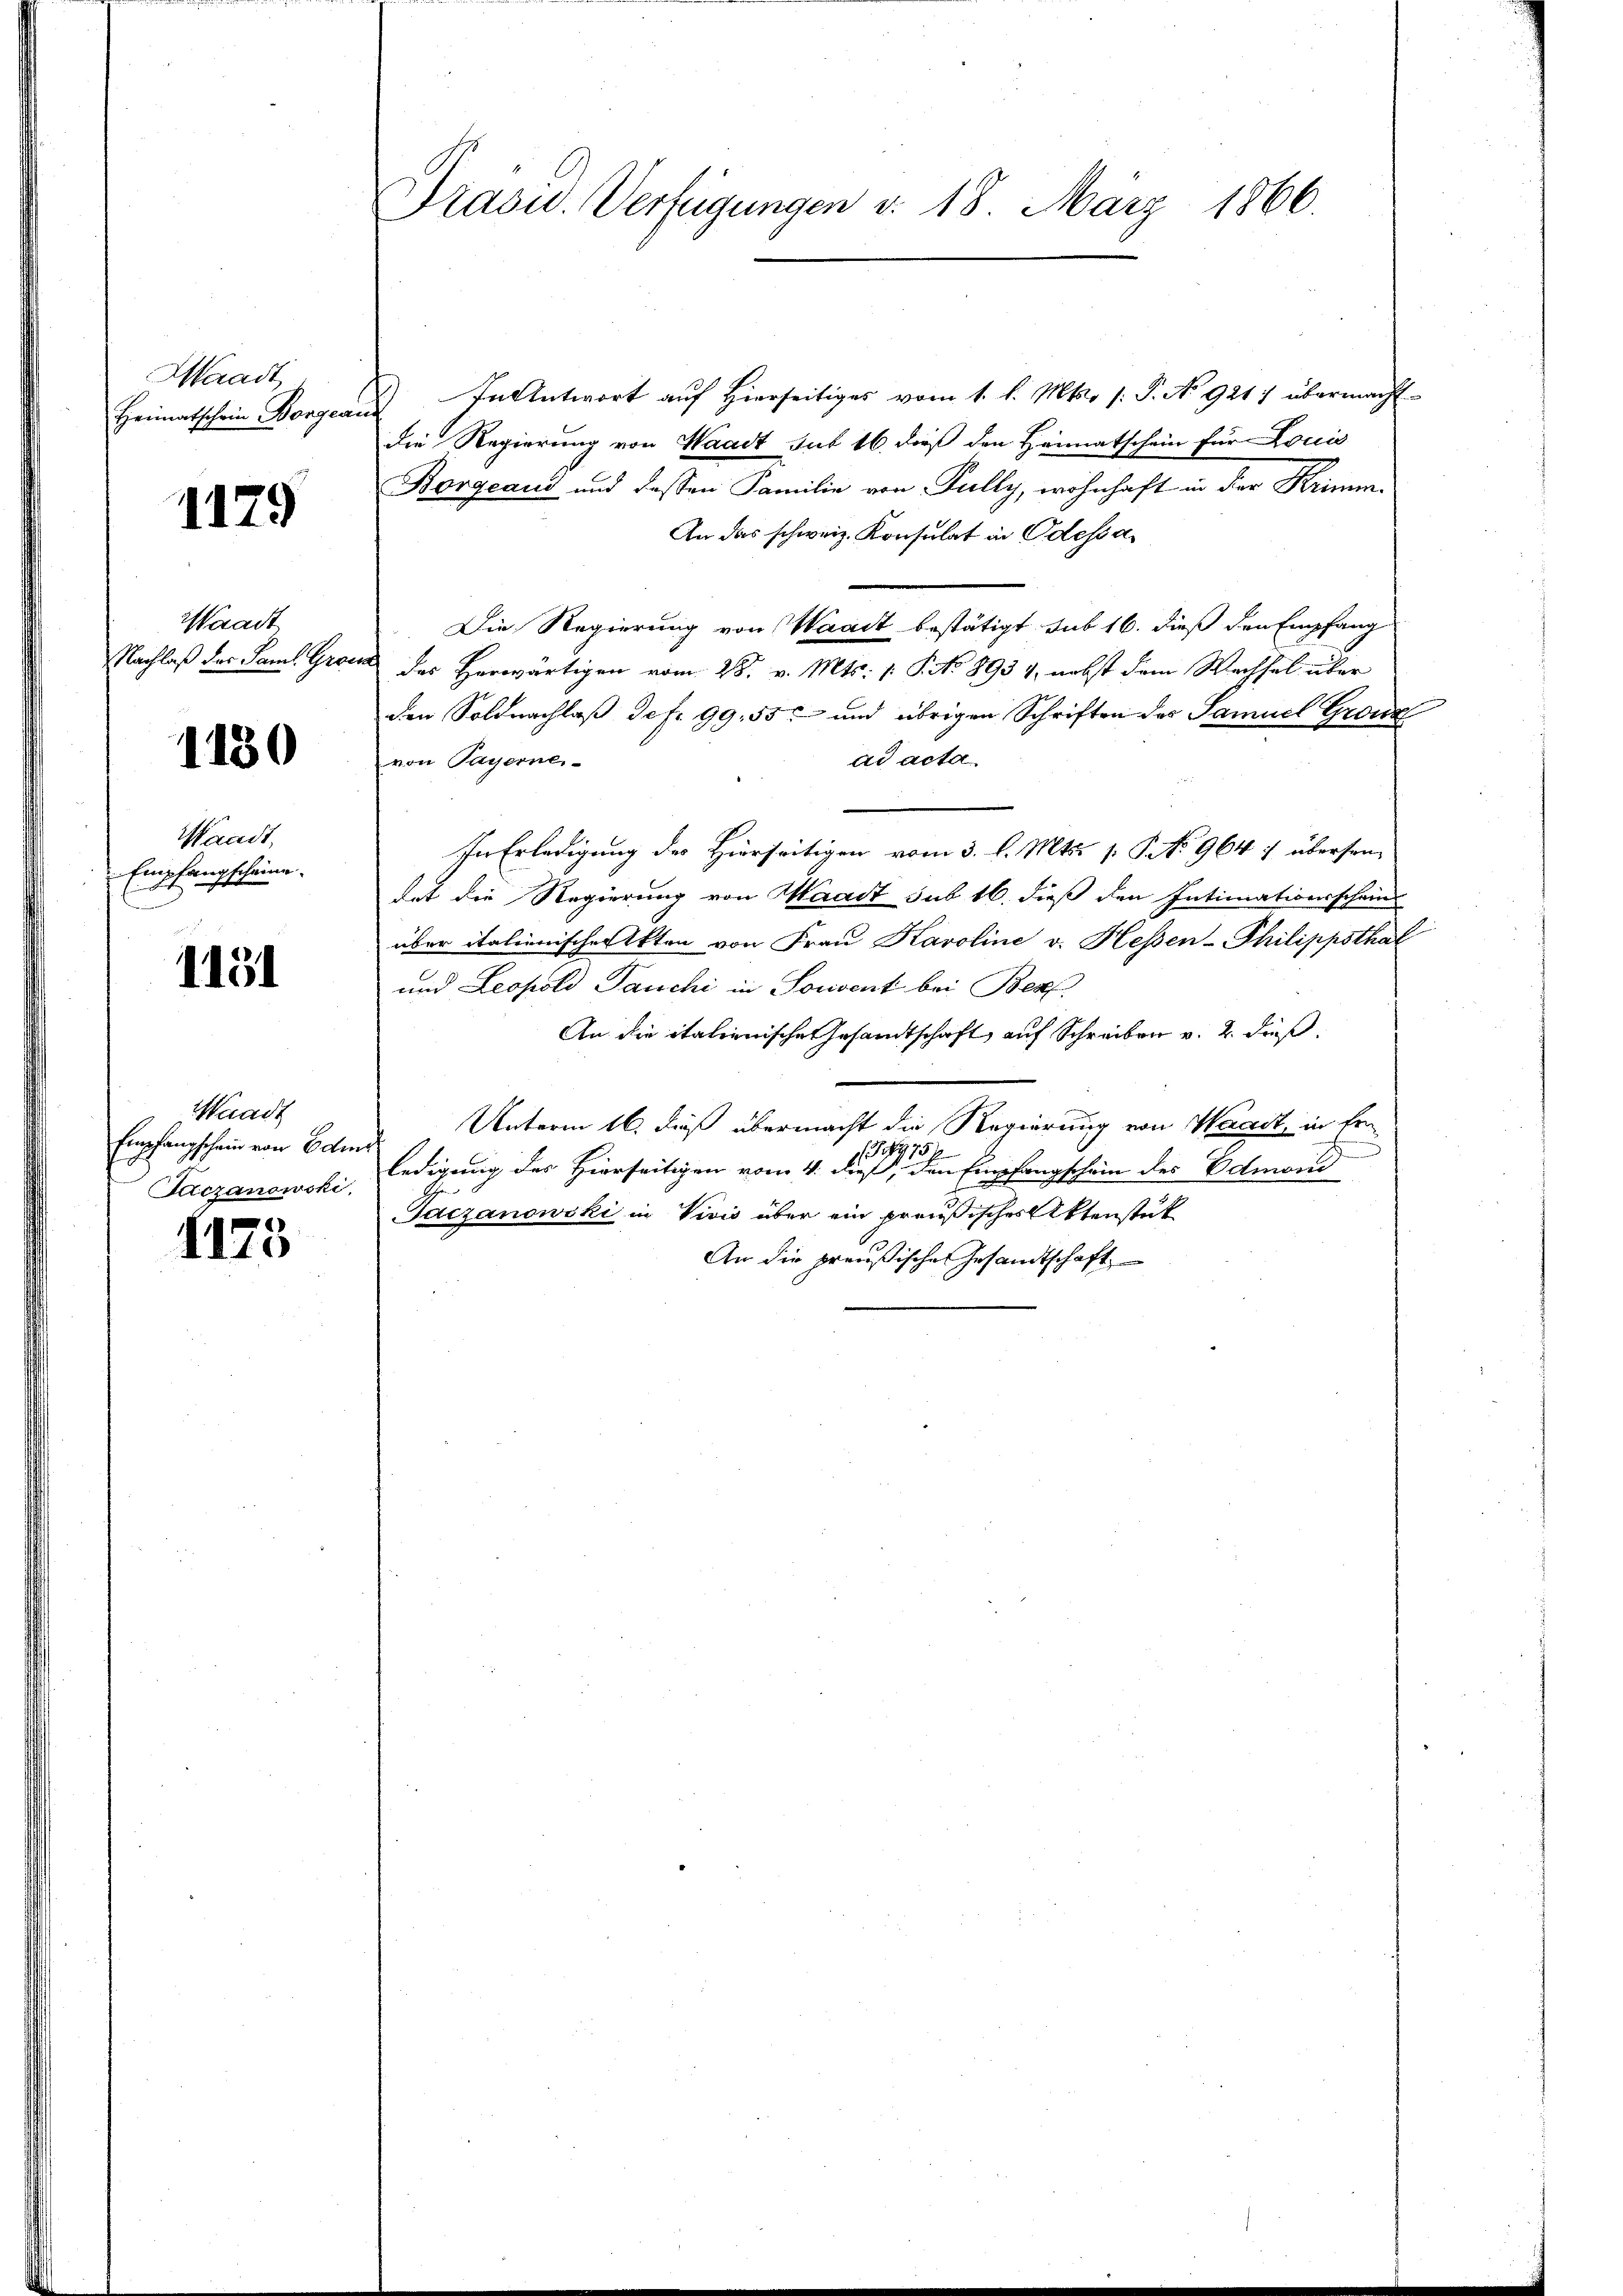
Waadt,

1179

Waadt
Nachlaß der Saml. Gro

1130

Waadt,
langscheine
fu
Ein

1151

Waadt
Empfangschein von Edi
Suczanowski,

175

Präsid.. Verfügungen d. 18. März 1866.

Heimatschein Borgeau. In Antwort auf Hierseitiges vom 1. l. Mts. s. S. No. 9217 übermacht
Die Regierung von Waadt sub 16. dieß den Heimatschein für Louis
Borgeaus und dessen Familie von Fully, wohnhaft in der Krimm.
An das schweiz. Konsulat in Odessa
Die Regierung von Waadt bestätigt sub 16. dieß den Empfang
a des Herwärtigen vom 28. v. Mts. v. P. No 893 4, nebst dem Wechsel über
den Soldnachlaß defr. 99. 55 und übrigen Schriften des Samuel Gronz
ad acta
von Payerner-
In Erledigung des Hierseitigen vom 3. l. Mts. s. S. No 964 7 übersen
dat die Regierung von Waadt sub 16. dieß den Intimationsscheins
über italienische Akten von Frau Karoline v. Hessen-Philippsthal
und Leopold Panchi in Souvent bei Ber
An die italienische Gesamtschaft, auf Schreiben v. 2. dieß.
Unterm 16. daß übermacht die Regierung von Waadt, in fre
h
134975/
ledigung des Hierseitigen vom 4. dieß, den Empfangschein des Edmond
Gaczanowski in Vivis über ein preußisches Aktenstück
An die preußische Gesandtschaft